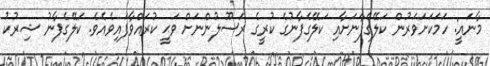
މާނައީ: ހަމަކަށަވަރުން ކަލޭގެފާނަށާއި ކަލޭގެފާނުގެ ކުރީގެ ރަސޫލުންނަށް ވަޙީ ކުރައްވާފައިވެއެވެ. ކަލޭގެފާނު ޝިރުކު